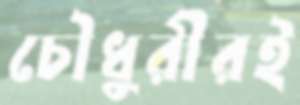
চৌধুরীরই